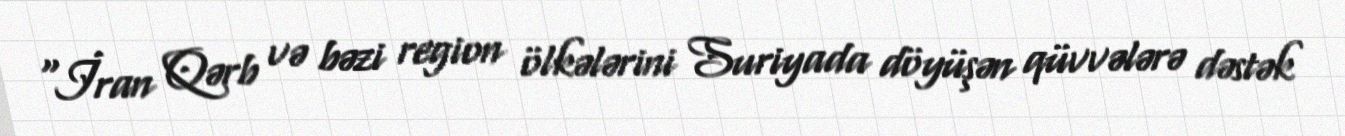
“İran Qərb və bəzi region ölkələrini Suriyada döyüşən qüvvələrə dəstək